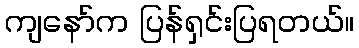
ကျနော်က ပြန်ရှင်းပြရတယ်။